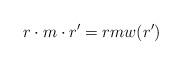
LaTeX: \begin{align*} r \cdot m \cdot r' = rmw(r')\end{align*}